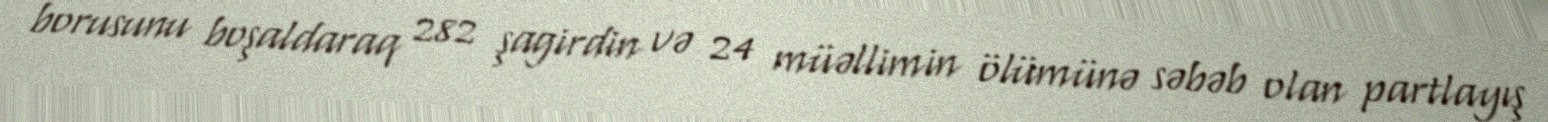
borusunu boşaldaraq 282 şagirdin və 24 müəllimin ölümünə səbəb olan partlayış